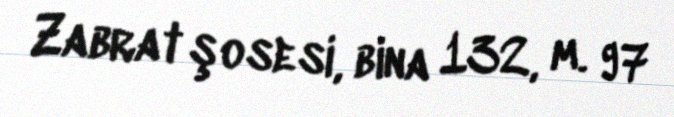
Zabrat şosesi, bina 132, m. 97